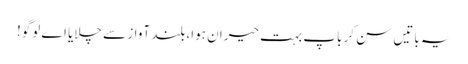
یہ باتیں سن کر باپ بہت حیران ہوا،بلند آواز سے چلایا اے لوگو!